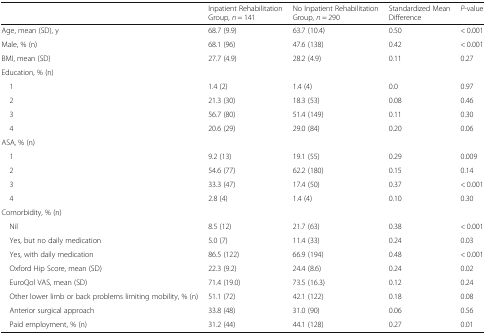
|  | Inpatient Rehabilitation Group, n = 141 | No Inpatient Rehabilitation Group, n = 290 | Standardized Mean Difference | P-value |
 | --- | --- | --- | --- | --- |
 | Age, mean (SD), y | 68.7 (9.9) | 63.7 (10.4) | 0.50 | < 0.001 |
 | Male, % (n) | 68.1 (96) | 47.6 (138) | 0.42 | < 0.001 |
 | BMI, mean (SD) | 27.7 (4.9) | 28.2 (4.9) | 0.11 | 0.27 |
 | <COLSPAN=5> Education, % (n) |
 | 1 | 1.4 (2) | 1.4 (4) | 0.0 | 0.97 |
 | 2 | 21.3 (30) | 18.3 (53) | 0.08 | 0.46 |
 | 3 | 56.7 (80) | 51.4 (149) | 0.11 | 0.30 |
 | 4 | 20.6 (29) | 29.0 (84) | 0.20 | 0.06 |
 | <COLSPAN=5> ASA, % (n) |
 | 1 | 9.2 (13) | 19.1 (55) | 0.29 | 0.009 |
 | 2 | 54.6 (77) | 62.2 (180) | 0.15 | 0.14 |
 | 3 | 33.3 (47) | 17.4 (50) | 0.37 | < 0.001 |
 | 4 | 2.8 (4) | 1.4 (4) | 0.10 | 0.30 |
 | <COLSPAN=5> Comorbidity, % (n) |
 | Nil | 8.5 (12) | 21.7 (63) | 0.38 | < 0.001 |
 | Yes, but no daily medication | 5.0 (7) | 11.4 (33) | 0.24 | 0.03 |
 | Yes, with daily medication | 86.5 (122) | 66.9 (194) | 0.48 | < 0.001 |
 | Oxford Hip Score, mean (SD) | 22.3 (9.2) | 24.4 (8.6) | 0.24 | 0.02 |
 | EuroQol VAS, mean (SD) | 71.4 (19.0) | 73.5 (16.3) | 0.12 | 0.24 |
 | Other lower limb or back problems limiting mobility, % (n) | 51.1 (72) | 42.1 (122) | 0.18 | 0.08 |
 | Anterior surgical approach | 33.8 (48) | 31.0 (90) | 0.06 | 0.56 |
 | Paid employment, % (n) | 31.2 (44) | 44.1 (128) | 0.27 | 0.01 |